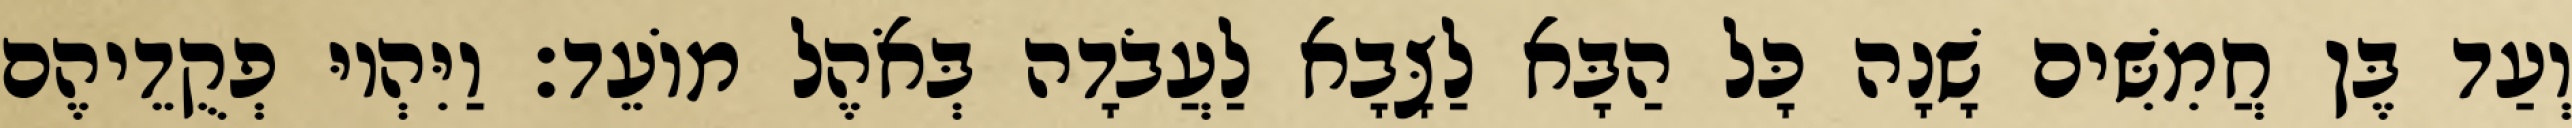
וְעַד בֶּן חֲמִשִּׁים שָׁנָה כָּל הַבָּא לַצָּבָא לַעֲבֹדָה בְּאֹהֶל מוֹעֵד׃ וַיִּהְיוּ פְקֻדֵיהֶם